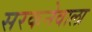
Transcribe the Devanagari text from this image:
सरकनेवाला